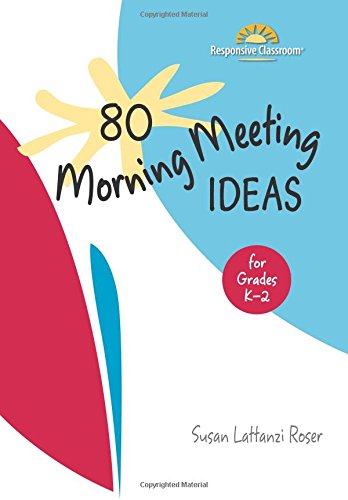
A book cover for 80 Morning Meeting Ideas for Grades K-2; Susan Lattanzi Roser; Education & Teaching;